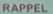
RAPPEL